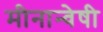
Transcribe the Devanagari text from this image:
मीनान्वेषी